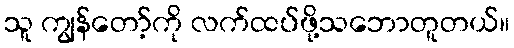
သူ ကျွန်တော့်ကို လက်ထပ်ဖို့သဘောတူတယ်။